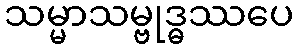
သမ္မာသမ္ဗုဒ္ဓဿပေ